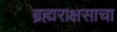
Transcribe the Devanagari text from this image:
ब्रह्मराक्षसाचा